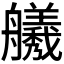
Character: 𫇣